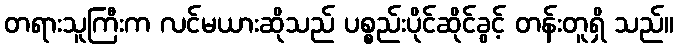
တရားသူကြီးက လင်မယားဆိုသည် ပစ္စည်းပိုင်ဆိုင်ခွင့် တန်းတူရှိ သည်။